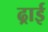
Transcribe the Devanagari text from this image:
ढ्राई